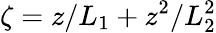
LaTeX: \zeta=z/L_{1}+z^{2}/L_{2}^{2}